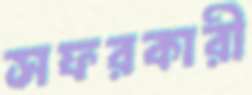
সফরকারী